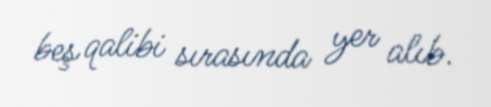
beş qalibi sırasında yer alıb.